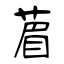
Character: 葿